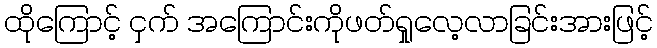
ထိုကြောင့် ငှက် အကြောင်းကိုဖတ်ရှုလေ့လာခြင်းအားဖြင့်